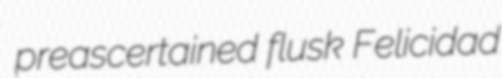
preascertained flusk Felicidad